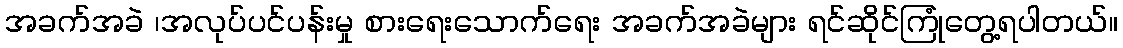
အခက်အခဲ ၊အလုပ်ပင်ပန်းမှု စားရေးသောက်ရေး အခက်အခဲများ ရင်ဆိုင်ကြုံတွေ့ရပါတယ်။